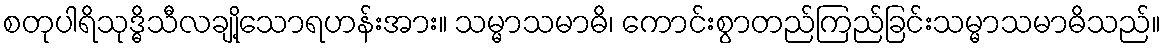
စတုပါရိသုဒ္ဓိသီလချို့သောရဟန်းအား။ သမ္မာသမာဓိ၊ ကောင်းစွာတည်ကြည်ခြင်းသမ္မာသမာဓိသည်။